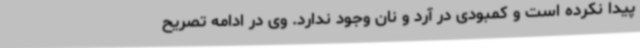
پیدا نکرده است و کمبودی در آرد و نان وجود ندارد. وی در ادامه تصریح